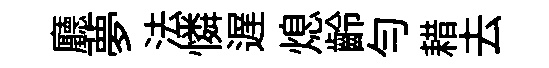
廳夢法憐遅熄齡勻耤去